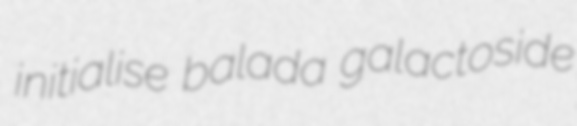
initialise balada galactoside